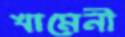
খামেনী